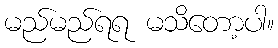
မည်မည်ရရ မသိတော့ပါ။